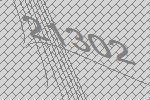
21302